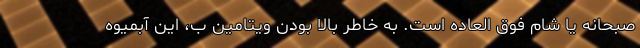
صبحانه یا شام فوق العاده است. به خاطر بالا بودن ویتامین ب، این آبمیوه